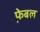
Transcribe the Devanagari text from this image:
फे़बल